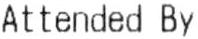
ATTENDED BY